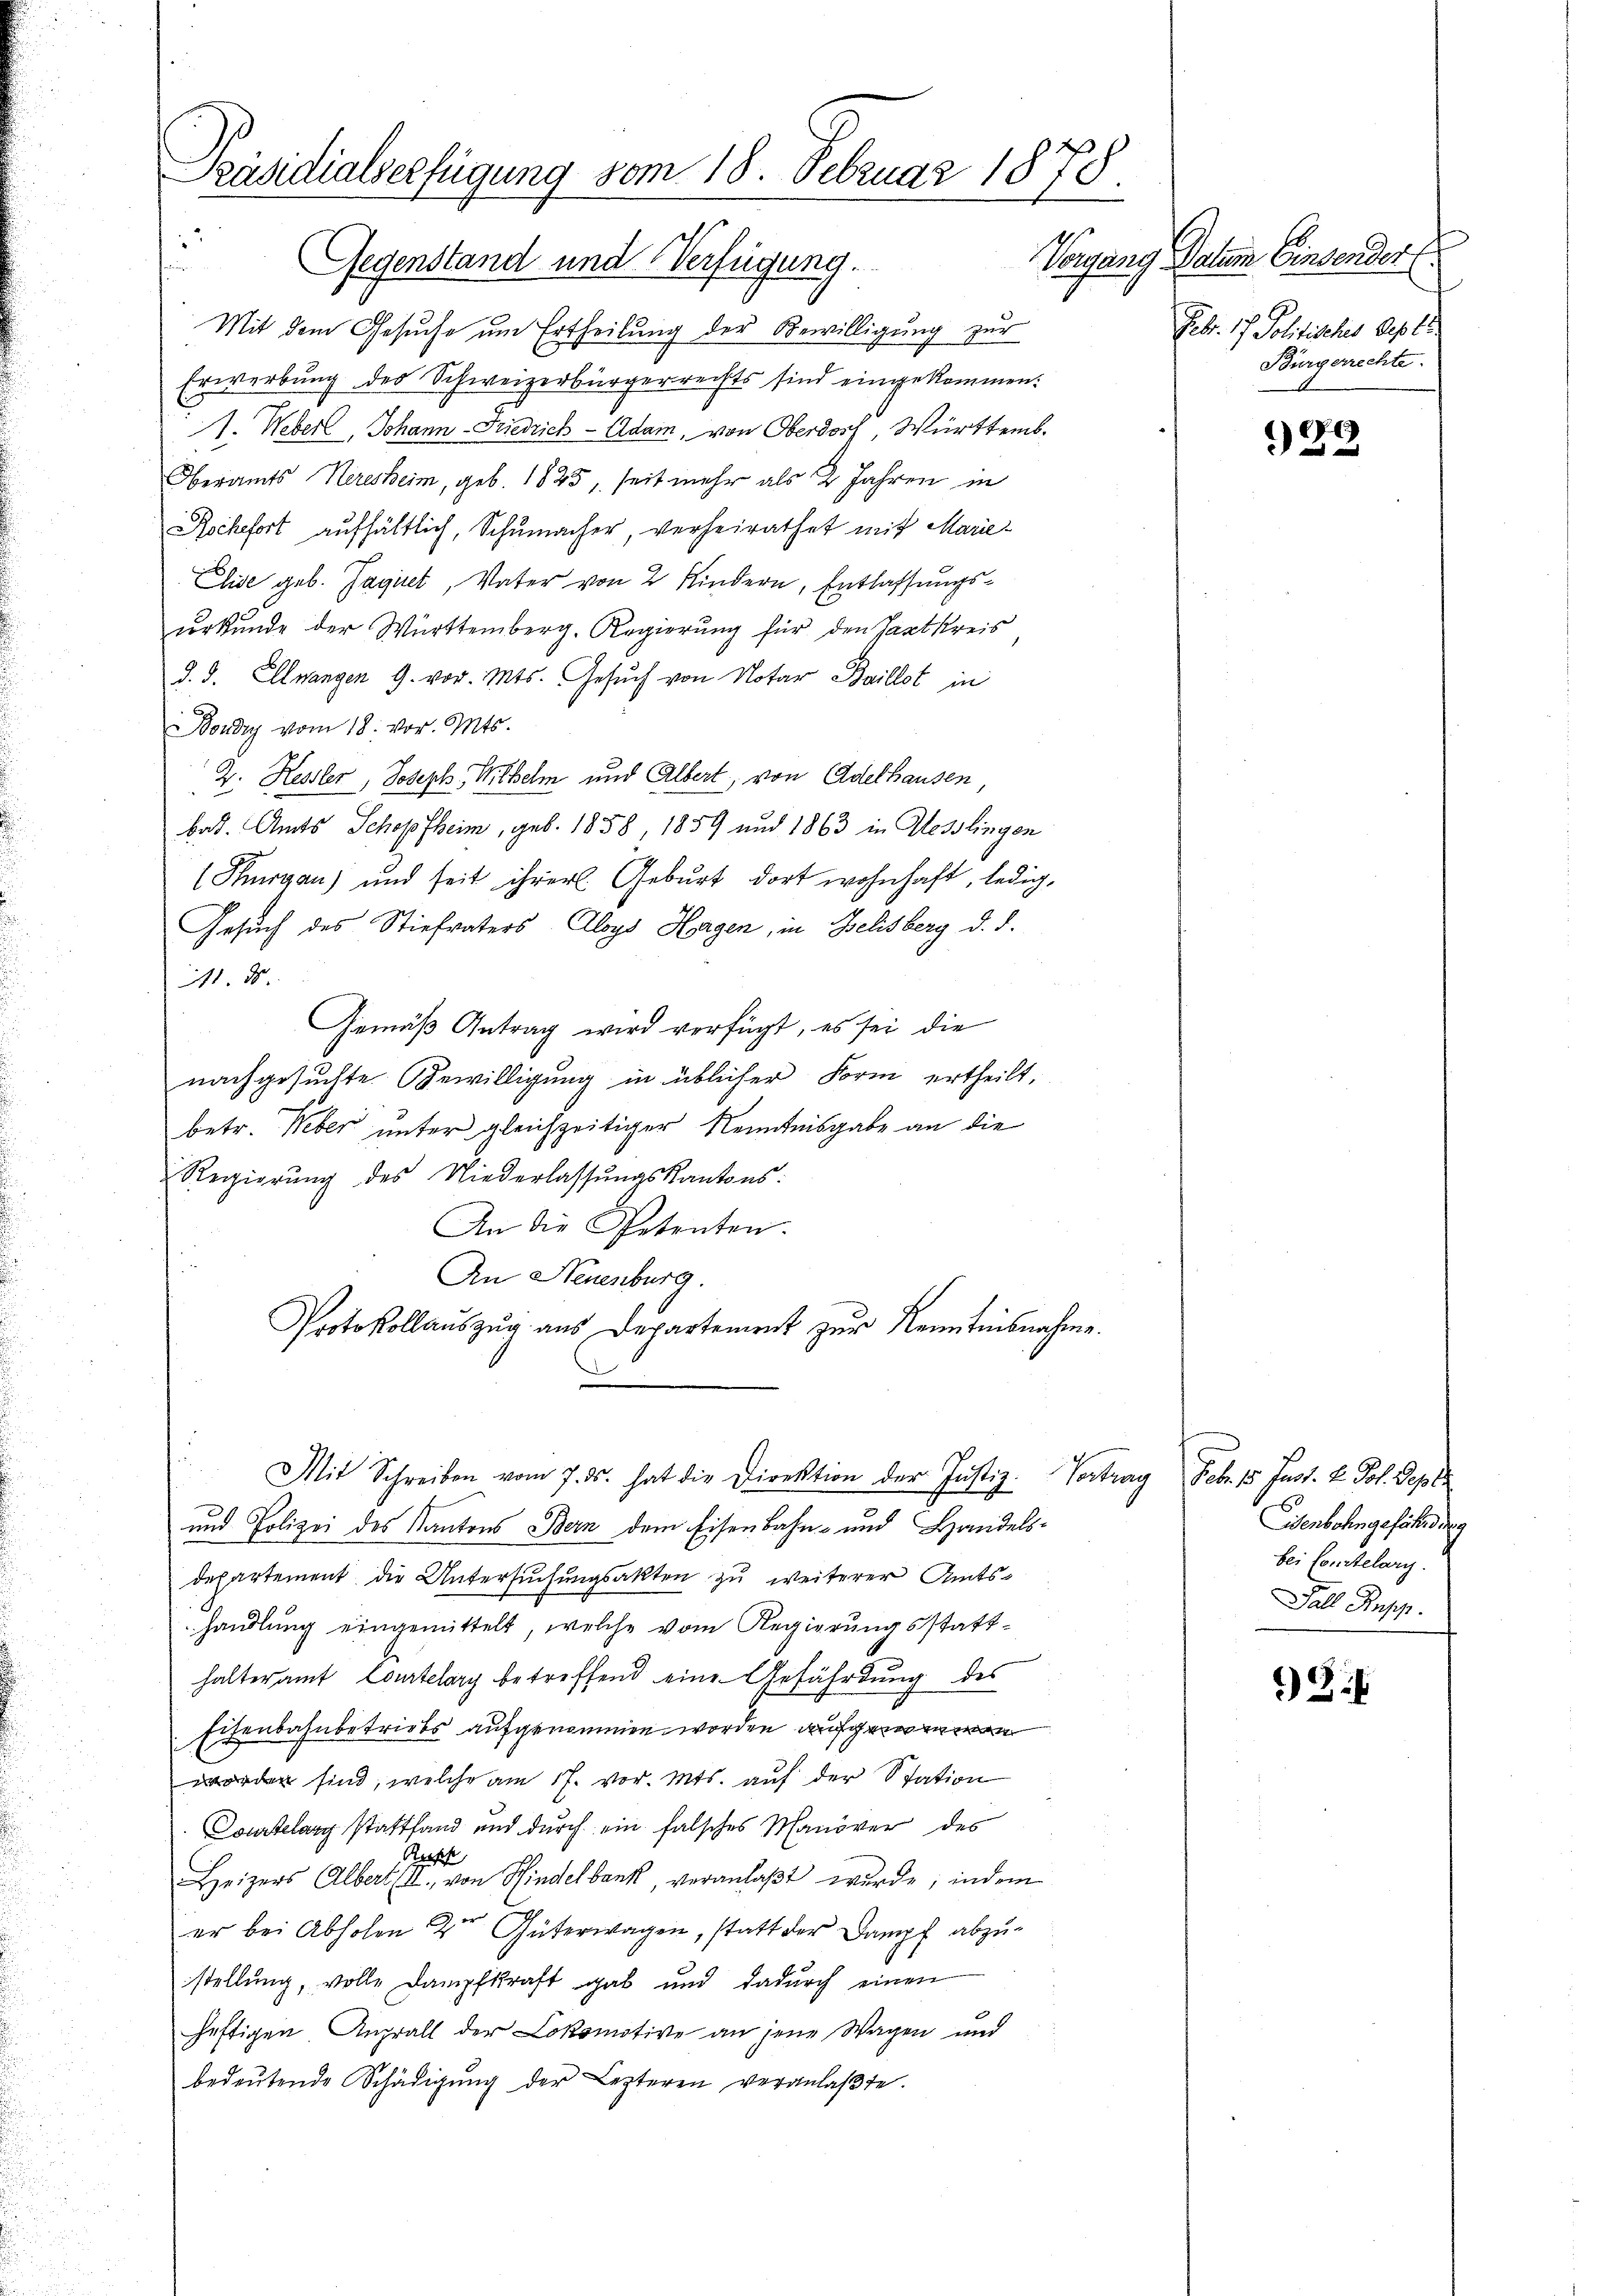
Präsidialverfügung vom 18. Februar 1878.
2

Gegenstand und Verfügung.
Mit dem Gesuche um Ertheilung der Bewilligung zur
Erwerbung des Schweizerbürgerrechts sind eingekommen:
1. Weber, Johann-Friedrich - Adam, von Oberdorf, Württemb.
Oberamts Heresheim, geb. 1825, seit mehr als 2 Jahren in
Rochefort aufhältlich, Schumacher, verheirathet mit Marie
Elise geb. Gagiret, Vater von 2 Kindern, Entlassungsurkunde der Württemberg. Regierung für den Hartkreis
d. d. Illnangen 9. vor. Mts. Gesuch von Notar Baillet in
Boudry vom 18. vor. Mts.
2. Hessler, Joseph Wilhelm und Albert, von Adelhausen,
bat. Amts Schopfheim, geb. 1858 1859 und 1863 in Hesslingen
(Thurgau) und seit ihrer Geburt dort wohnhaft, ledig¬
Gesuch des Stiefvaters Aloys Horgen, in Belisberg d. d.
1 x
Gemäß Antrag wird verfügt, es sei die
nachgesuchte Bewilligung in üblicher Form ertheilt,
betr. Weber unter gleichzeitiger Kenntnisgabe an die
Regierŭng des Niederlassŭngskantons:
An die Petenten.
An Neuenburg.
Protokollauszug aus Departement zŭr Kenntnisnahme.
Mit Schreiben vom 7. ds. hat die Direktion der Justiz
Vortrag
und Polizei des Kantons Bern dem Eisenbahn- und Handelsdepartement die Untersuchungsakten zu weiterer Amtshandlung eingemittelt, welche vom Regierungsstatthalteramt Courtelary betreffend eine Gefährdung des
Eisenbahnbetriebs aufgenommen worden, aufgen
worden sind, welche am 17. vor. Mts. auf der Station
Soatelang stattfand und durch ein falsches Manöver des
Sach
Heizers Albert (I., von Hindelbank veranlaßt wurde; indem
er bei Abholen der Güterwagen, statt der Dampf abzustellung, volle Dampfkraft gab und dadurch einen
heftigen Angrall der Lokomotive an jene Wagen und
bedeŭtende Schädigŭng der Lezteren veranlaβte.

Vorgang Datum Einsender
Febr. 1 Politisches les le
Bürgerrechte.

122

an Fr. 22.
Eisenbahngefähr g
bei Constelary
Fall Rupp.

92: